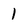
Character: 1